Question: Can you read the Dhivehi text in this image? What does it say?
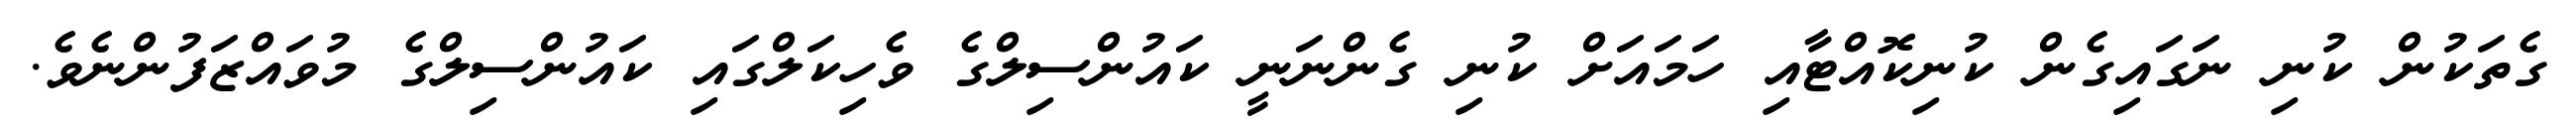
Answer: ގެތަކުން ކުނި ނަގައިގެން ކުނިކޮއްޓާއި ހަމައަށް ކުނި ގެންނަނީ ކައުންސިލްގެ ވެހިކަލްގައި ކައުންސިލްގެ މުވައްޒަފުންނެވެ.